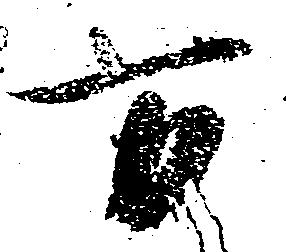
万